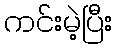
ကင်းမဲ့ပြီး